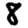
Digit: 8